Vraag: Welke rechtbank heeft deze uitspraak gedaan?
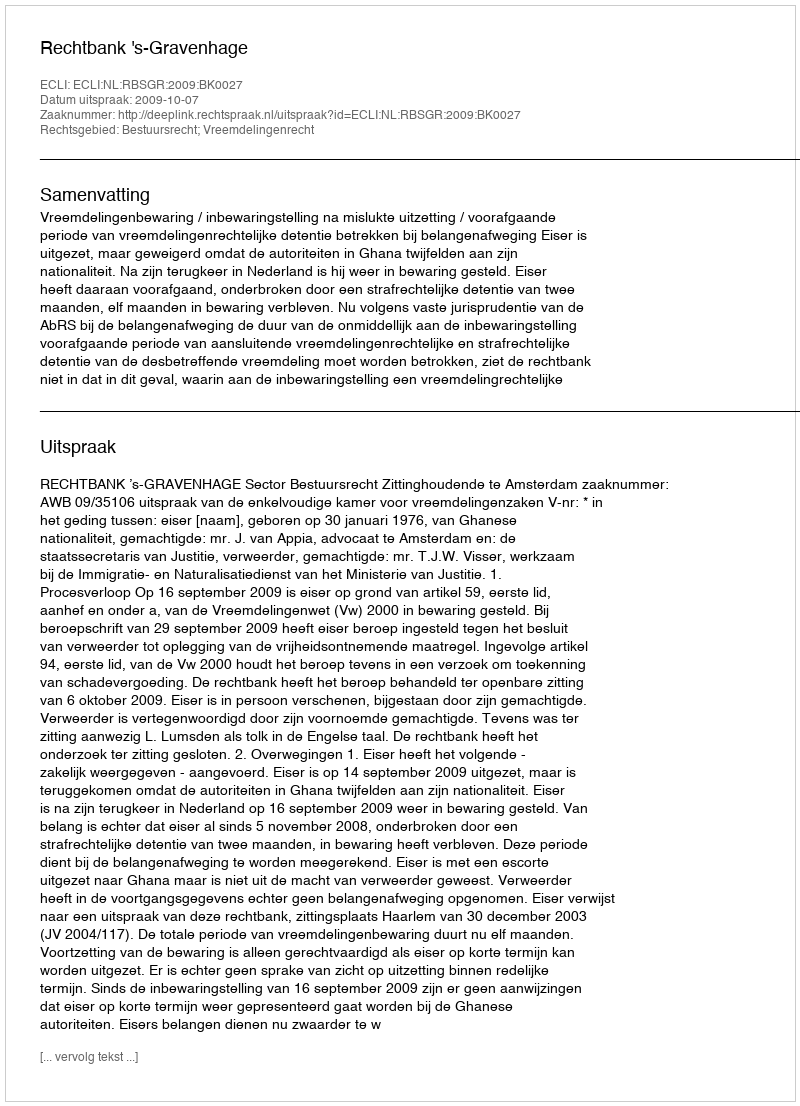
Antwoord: Rechtbank 's-Gravenhage